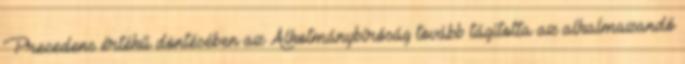
Precedens értékű döntésében az Alkotmánybíróság tovább tágította az alkalmazandó